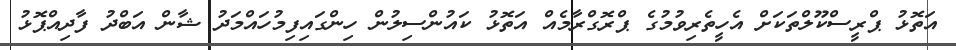
އަތޮޅު ޕްރީސްކޫލްތަކަށް އެހީތެރިވުމުގެ ޕްރޮގްރާމެއް އަތޮޅު ކައުންސިލުން ހިންގައިފިމުހައްމަދު ޝާން އަބްދު ފާދިއްޕޮޅު